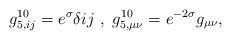
LaTeX: \begin{align*}g_{5,ij}^{10}=e^{\sigma} \delta{ij} \ , \ g_{5, \mu \nu}^{10}= e^{-2\sigma} g_{\mu \nu}, \end{align*}